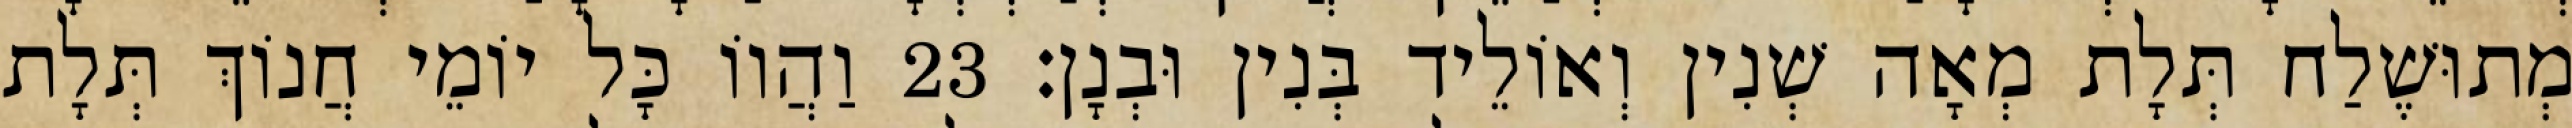
מְתוּשֶׁלַח תְּלָת מְאָה שְׁנִין וְאוֹלֵיד בְּנִין וּבְנָן׃ 23 וַהֲווֹ כָּל יוֹמֵי חֲנוֹךְ תְּלָת